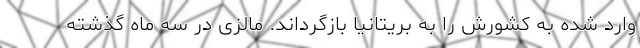
وارد شده به کشورش را به بریتانیا بازگرداند. مالزی در سه ماه گذشته